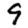
Digit: 9